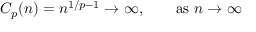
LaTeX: C _ { p } ( n ) = n ^ { 1 / p - 1 } \to \infty , \qquad { \mathrm { a s ~ } } n \to \infty